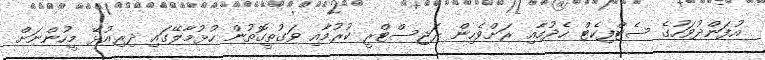
އުފަންދުވަހުގެ ސެޓްފިކެޓް ހެދުމާއި ރަށްވެހިން ރަޖިސްޓްރީ ކުރުމާއި ވަގުތީގޮތުން ހުޅުމާލޭގައި ދިރިއުޅޭ މީހުންނަށް